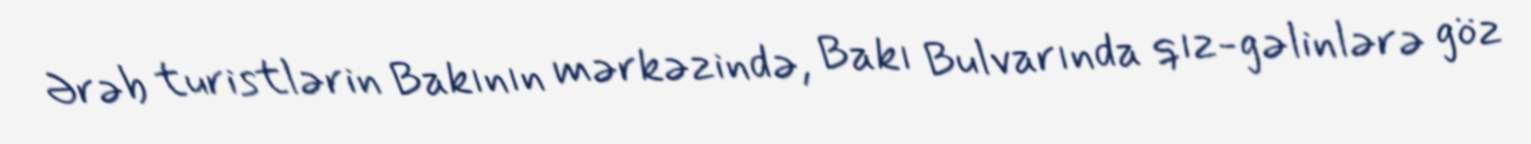
Ərəb turistlərin Bakının mərkəzində, Bakı Bulvarında qız-gəlinlərə göz